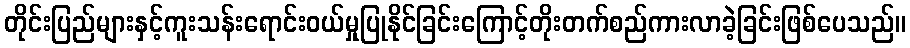
တိုင်းပြည်များနှင့်ကူးသန်းရောင်းဝယ်မှုပြုနိုင်ခြင်းကြောင့်တိုးတက်စည်ကားလာခဲ့ခြင်းဖြစ်ပေသည်။